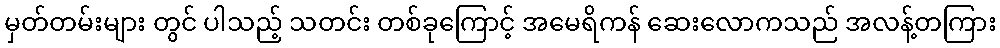
မှတ်တမ်းများ တွင် ပါသည့် သတင်း တစ်ခုကြောင့် အမေရိကန် ဆေးလောကသည် အလန့်တကြား